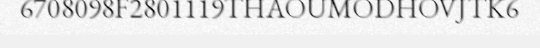
6708098F2801119THAOUMODHOVJTK6